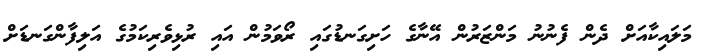
މަލައިކާއަށް ދެން ފެނުނު މަންޒަރުން އޭނާގެ ހަށިގަނޑުގައި ރޯވަމުން އައި ރުޅިވެރިކަމުގެ އަލިފާންގަނޑަށް